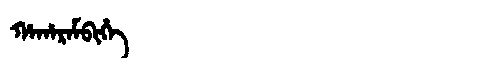
Manchu: ᡥᠠᡥᠠᡵᠠᠮᠪᡳᡥᡝ
Romanization: HAHARAMBIHE